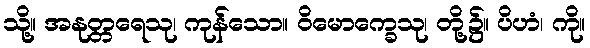
သို့။ အနုတ္တရေသု၊ ကုန်သော။ ဝိမောက္ခေသု၊ တို့၌။ ပိဟံ၊ ကို။